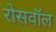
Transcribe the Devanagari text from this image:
रोसवॉल